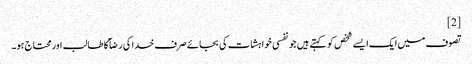
[2]
تصوف میں ایک ایسے شخص کو کہتے ہیں جو نفسی خواہشات کی بجائے صرف خدا کی رضآ کا طالب اور محتاج ہو۔